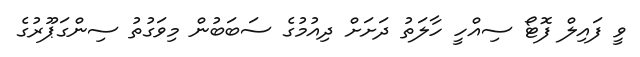
ވީ ފައިލް ފޮޓޯ ސިއްހީ ހާލަތު ދަށަށް ދިއުމުގެ ސަބަބުން މިވަގުތު ސިންގަޕޫރުގެ